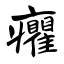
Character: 癯